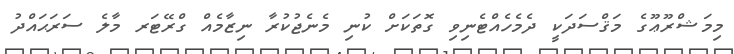
މިމަޝްރޫޢޫގެ މަޤްސަދަކީ ދެމެހެއްޓެނިވި ގޮތަކަށް ކުނި މެނެޖުކުރާ ނިޒާމެއް ގްރޭޓަރ މާލެ ސަރަޙައްދު